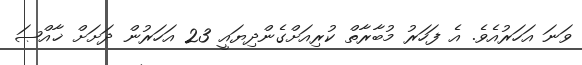
ވަނަ އަހަރުއެވެ. އެ ފަހަރު މުބާރާތް ކުރިއަށްގެންދިޔައީ 23 އަހަރުން ދަށަށް ޚާއްޞަ